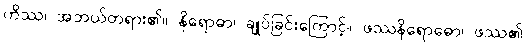
ကိဿ၊ အဘယ်တရား၏။ နိရောဓာ၊ ချုပ်ခြင်းကြောင့်။ ဖဿနိရောဓော၊ ဖဿ၏